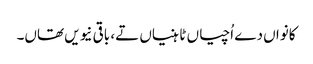
کانواں دے اُچیاں ٹاہنیاں تے، باقی نیویں تھاں۔